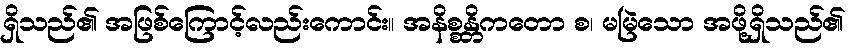
ရှိသည်၏ အဖြစ်ကြောင့်လည်းကောင်း။ အနိစ္စန္တိကတော စ၊ မမြဲသော အဖို့ရှိသည်၏